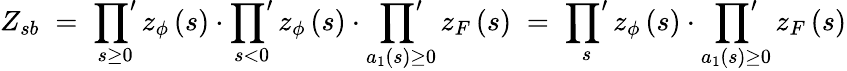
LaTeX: \begin{array}{r}{Z_{sb}\; =\; \displaystyle\sideset{}{'}\prod_{s\geq 0}z_{\phi}\left(s\right)\cdot\displaystyle\sideset{}{'}\prod_{s<0}z_{\phi}\left(s\right)\cdot\displaystyle\sideset{}{'}\prod_{a_{1}\left(s\right)\geq 0}z_{F}\left(s\right)\; =\; \displaystyle\sideset{}{'}\prod_{s}z_{\phi}\left(s\right)\cdot\displaystyle\sideset{}{'}\prod_{a_{1}\left(s\right)\geq 0}z_{F}\left(s\right)}\end{array}